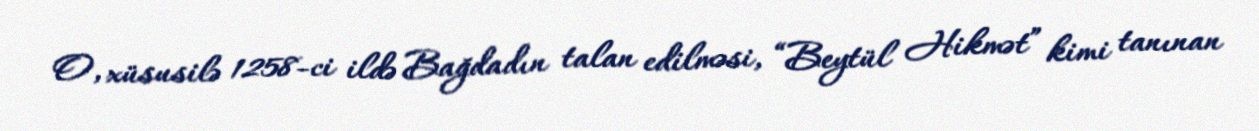
O, xüsusilə 1258-ci ildə Bağdadın talan edilməsi, “Beytül Hikmət” kimi tanınan